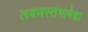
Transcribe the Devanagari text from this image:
लवणस्तंभापेक्षा